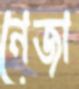
নেজা